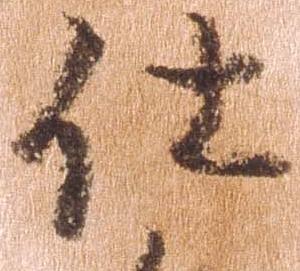
仕